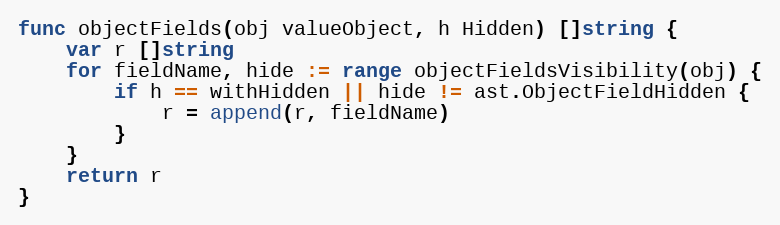
Language: Go
func objectFields(obj valueObject, h Hidden) []string {
	var r []string
	for fieldName, hide := range objectFieldsVisibility(obj) {
		if h == withHidden || hide != ast.ObjectFieldHidden {
			r = append(r, fieldName)
		}
	}
	return r
}